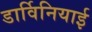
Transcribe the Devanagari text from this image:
डार्विनियाई